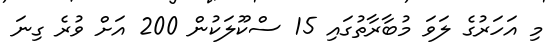
މި އަހަރުގެ ލަވަ މުބާރާތުގައި 15 ސްކޫލަކުން 200 އަށް ވުރެ ގިނަ